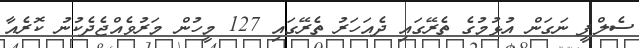
ސެލްފީ ނަގަން އުޅުމުގެ ތެރޭގައި ދެއަހަރު ތެރޭގައި 127 މީހުން މަރުވެއްޖެދެކުނު ކޮރެއާ